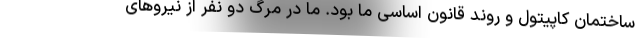
ساختمان کاپیتول و روند قانون اساسی ما بود. ما در مرگ دو نفر از نیروهای